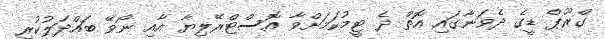
ގްރޫޕް ޑީގެ ދެވަނާގައި އޮތް ދެ ޓީމުކަމަށްވާ އޮސްޓްރޭލިޔާ އާއި ނޯވޭ ބައްދަލުކުރި